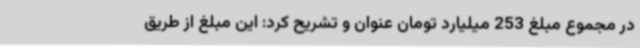
در مجموع مبلغ 253 میلیارد تومان عنوان و تشریح کرد: این مبلغ از طریق